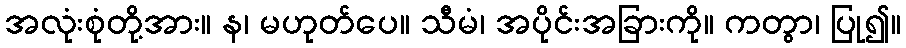
အလုံးစုံတို့အား။ န၊ မဟုတ်ပေ။ သီမံ၊ အပိုင်းအခြားကို။ ကတွာ၊ ပြု၍။